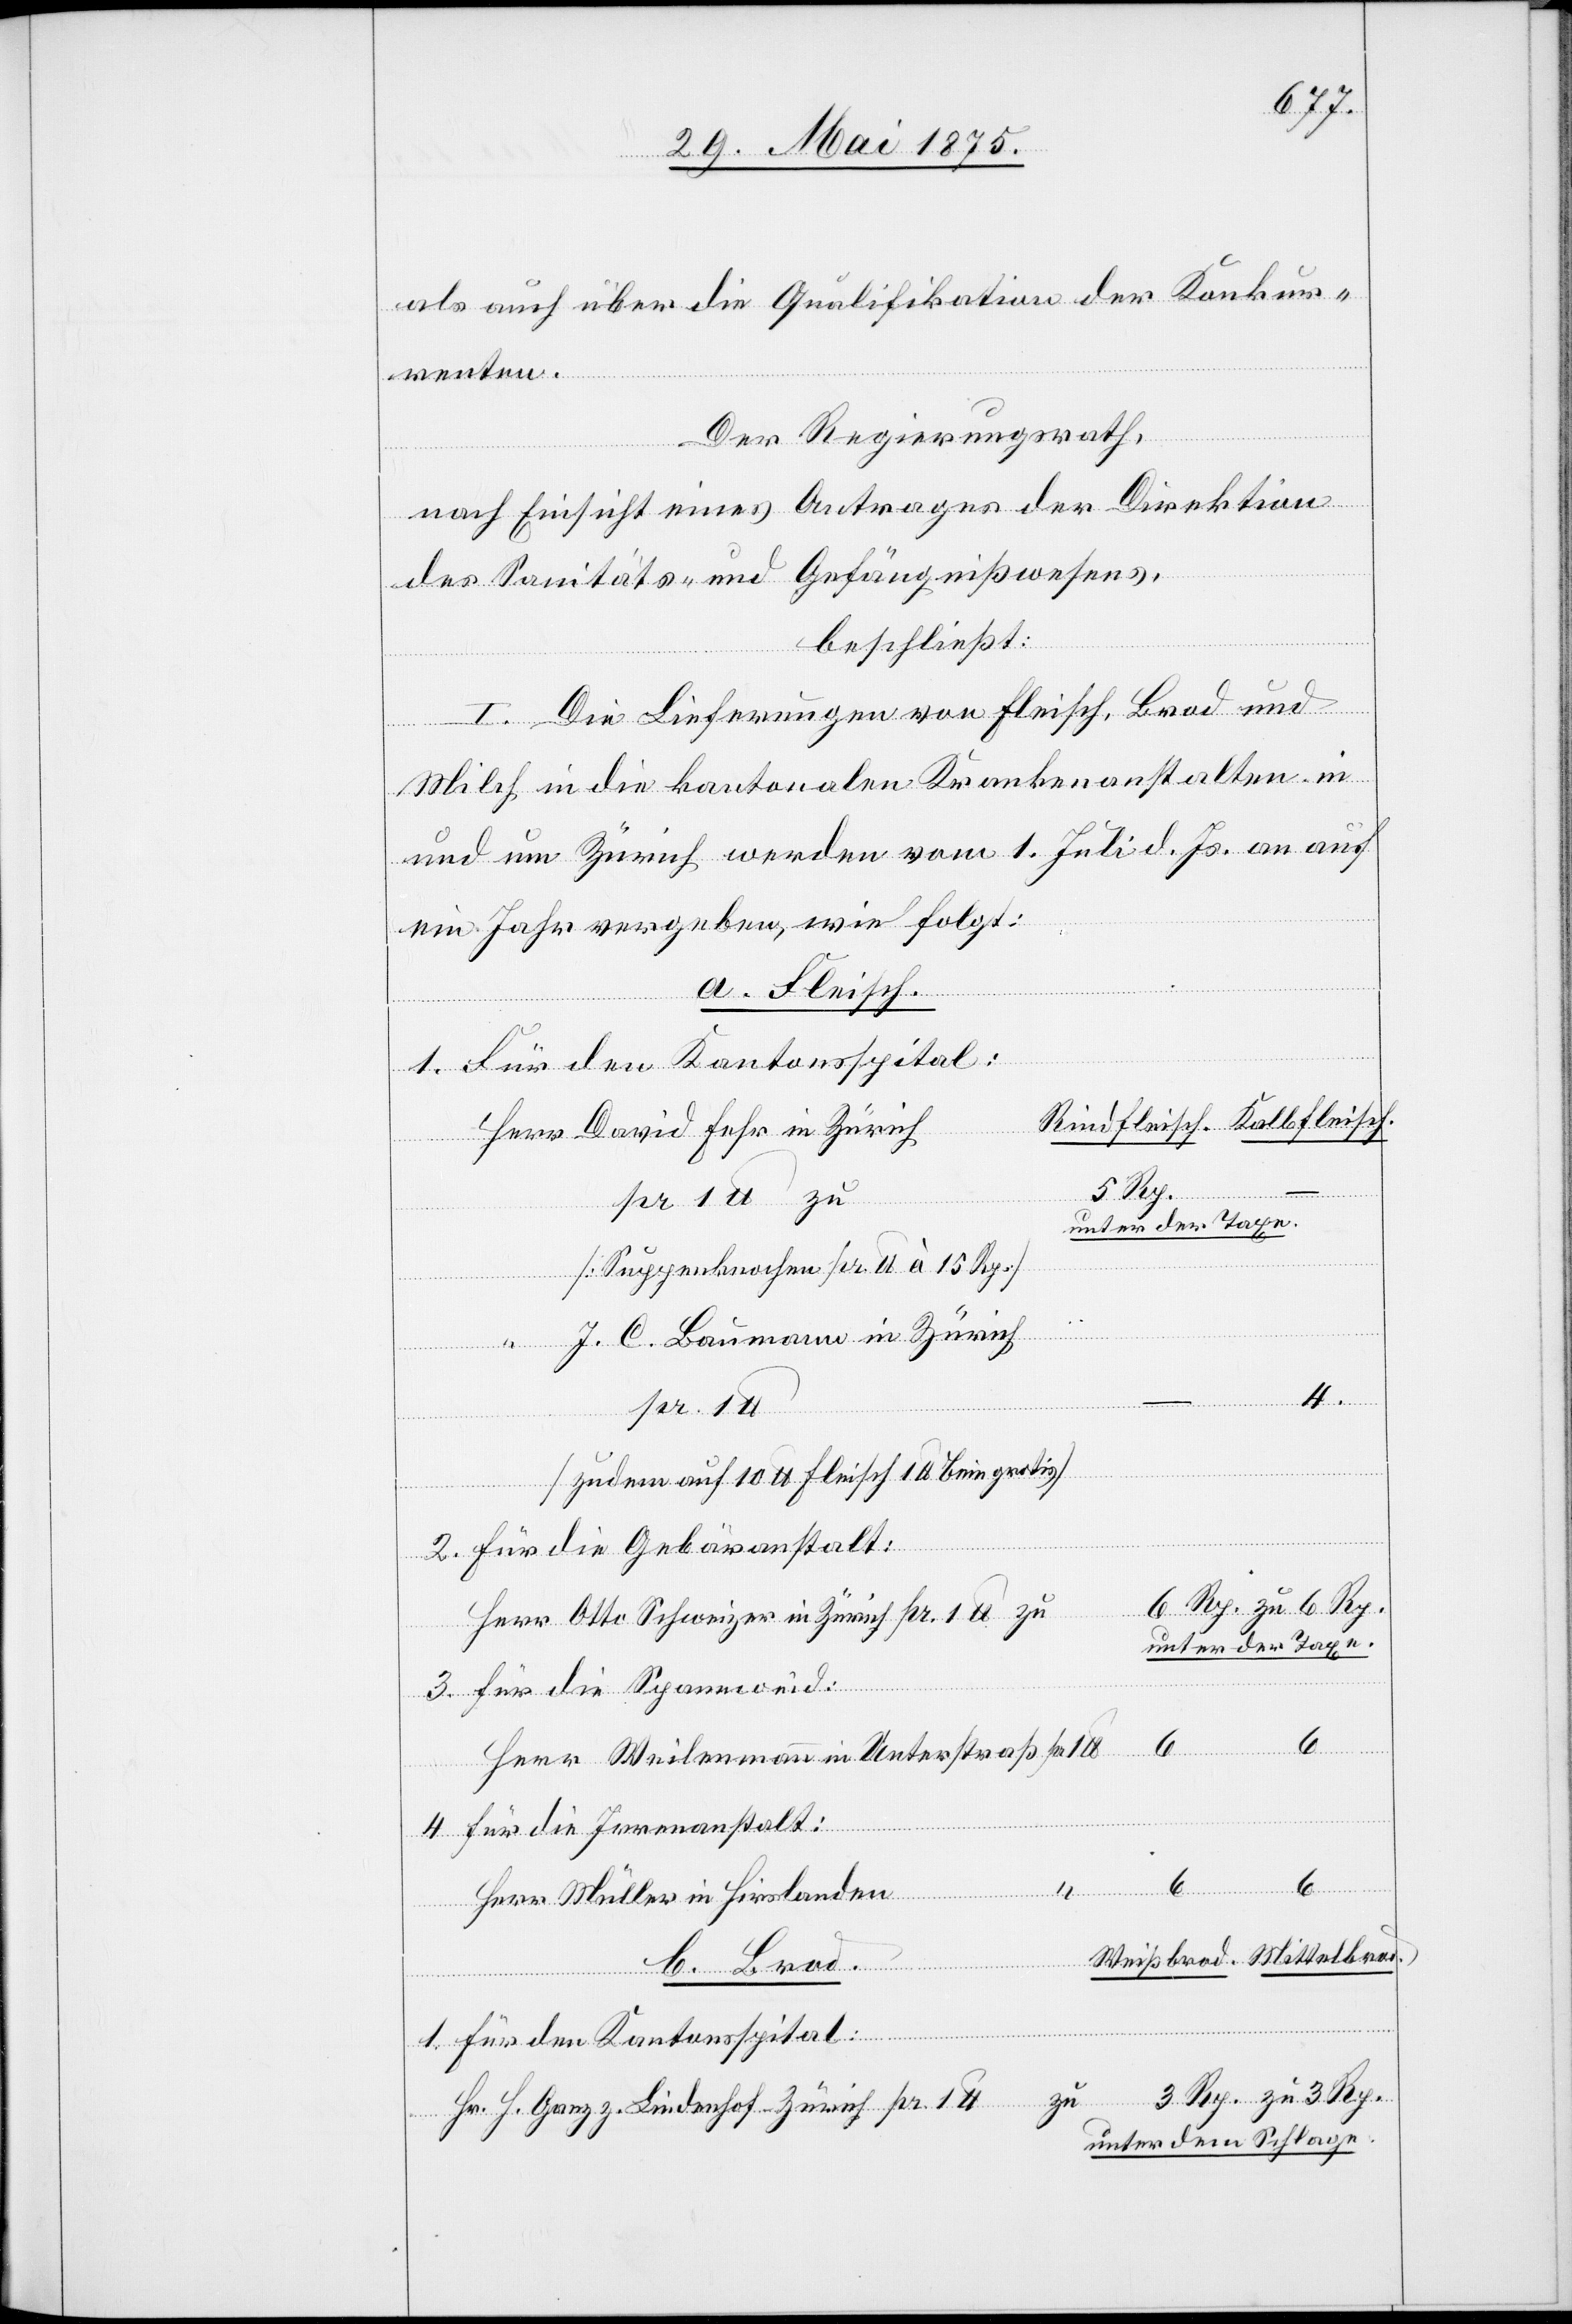
als auch über die Qualifikationen der Konkur¬
renten.
Der Regierungsrath,
nach Einsicht eines Antrages der Direktion
des Sanitäts- und Gefängnißwesens,
beschließt:
I. Die Lieferungen von Fleisch, Brod und
Milch in die kantonalen Krankenanstalten in
und um Zürich werden vom 1. Juli d. Js. an auf
ein Jahr vergeben, wie folgt:
a. Fleisch.
für den Kantonsspital:
3 Rp.
“
1.
[Suppenknochen pr. U à 15 Rp.]
Weißbrod.
J. C. Baumann in Zürich
4.
weizer
aß
pr. 1
[zudem auf 10 U Fleisch 1 Bein gratis]
Müller
Für die Gebäranstalt:
unter der Taxe.
3.
Für die Irrenanstalt:
Weilenmann in
Unter¬
b. Brod.
zu
Hr. H. Ganz z. Lindenhof - Zürich
unter dem Schlage.